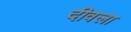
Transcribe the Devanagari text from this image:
दीवला